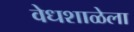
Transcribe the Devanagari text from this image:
वेधशाळेला